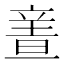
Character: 𲅅